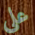
علي